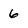
Character: 6